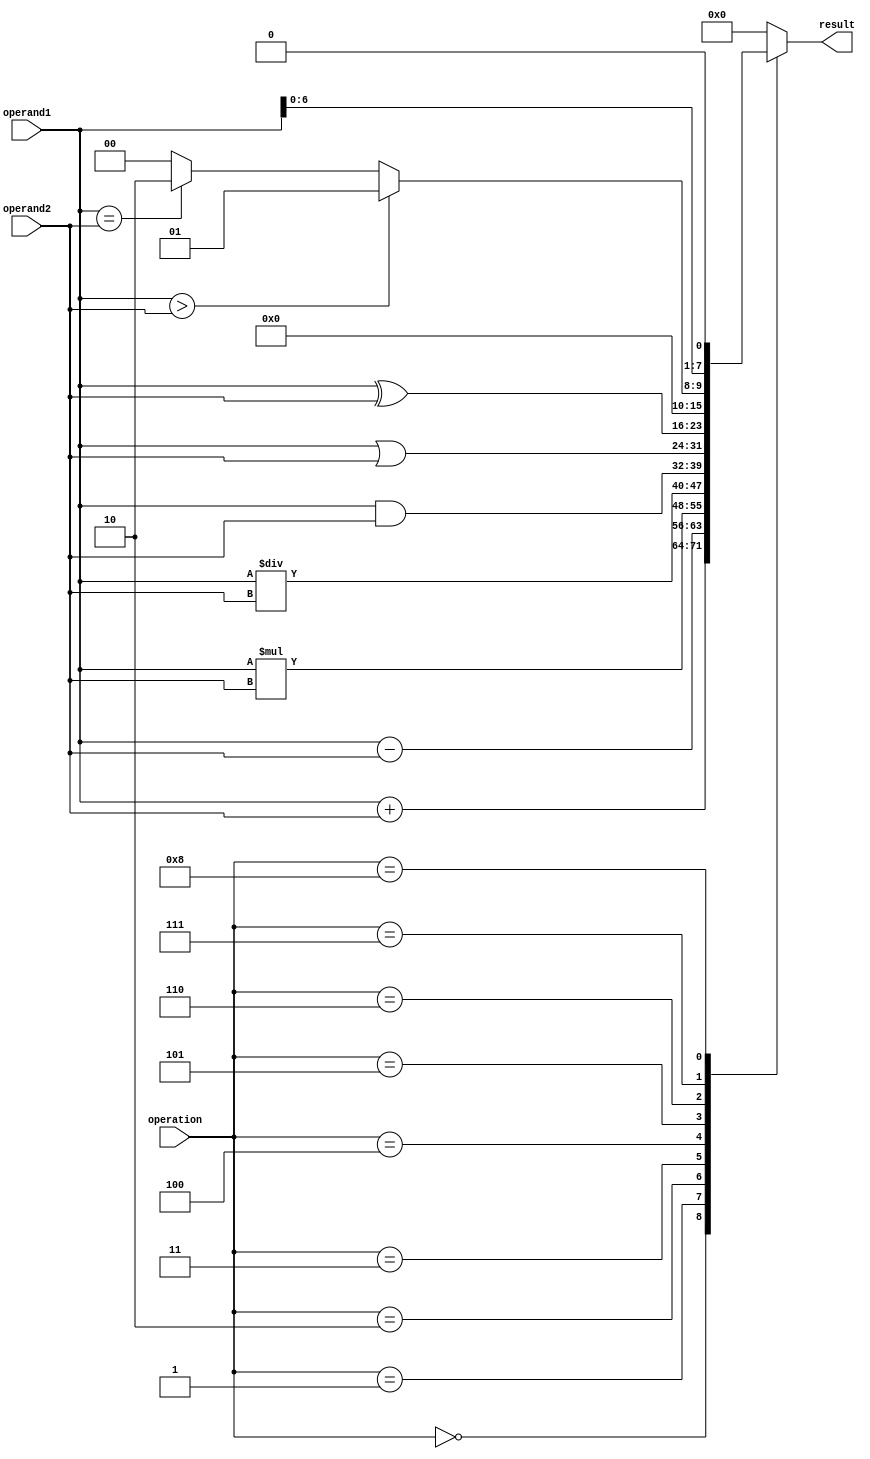
module ALU (
  input [7:0] operand1,
  input [7:0] operand2,
  input [3:0] operation,
  output reg [7:0] result
);

// Functional blocks
reg [7:0] adder_result;
reg [7:0] subtractor_result;
reg [7:0] multiplier_result;
reg [7:0] divider_result;
reg [7:0] and_result;
reg [7:0] or_result;
reg [7:0] xor_result;
reg [7:0] comparison_result;
reg [7:0] shift_result;

// Adder
always @* begin
  adder_result = operand1 + operand2;
end

// Subtractor
always @* begin
  subtractor_result = operand1 - operand2;
end

// Multiplier
always @* begin
  multiplier_result = operand1 * operand2;
end

// Divider
always @* begin
  divider_result = operand1 / operand2;
end

// AND
always @* begin
  and_result = operand1 & operand2;
end

// OR
always @* begin
  or_result = operand1 | operand2;
end

// XOR
always @* begin
  xor_result = operand1 ^ operand2;
end

// Comparison
always @* begin
  if (operand1 > operand2) begin
    comparison_result = 8'b00000001;
  end else if (operand1 == operand2) begin
    comparison_result = 8'b00000010;
  end else begin
    comparison_result = 8'b00000000;
  end
end

// Shifter
always @* begin
  shift_result = operand1 << 1; // Shifting operand1 left by 1 bit
end

// Multiplex the outputs based on the operation selected
always @* begin
  case(operation)
    4'b0000: result = adder_result; // Addition
    4'b0001: result = subtractor_result; // Subtraction
    4'b0010: result = multiplier_result; // Multiplication
    4'b0011: result = divider_result; // Division
    4'b0100: result = and_result; // Bitwise AND
    4'b0101: result = or_result; // Bitwise OR
    4'b0110: result = xor_result; // Bitwise XOR
    4'b0111: result = comparison_result; // Comparison
    4'b1000: result = shift_result; // Shifting
    default: result = 8'b00000000; // Default to 0
  endcase
end

endmodule